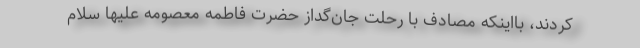
‌کردند، بااینکه مصادف با رحلت جان‌گداز حضرت فاطمه معصومه علیها سلام